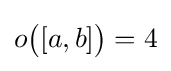
o{\bigl (}[a,b]{\bigr )}=4